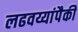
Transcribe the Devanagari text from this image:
लढवय्यांपैकी